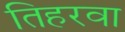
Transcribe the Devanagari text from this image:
तिहरवा